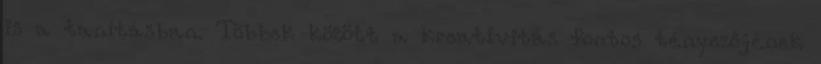
is a tanításban. Többek között a kreativitás fontos tényezőjének